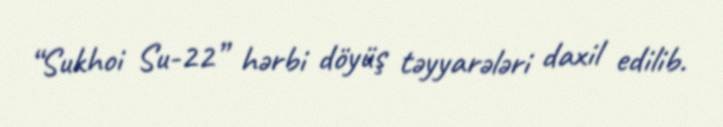
“Sukhoi Su-22” hərbi döyüş təyyarələri daxil edilib.